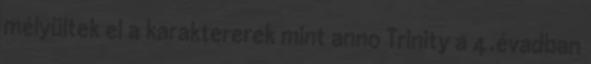
mélyültek el a karaktererek mint anno Trinity a 4.évadban